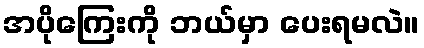
အပိုကြေးကို ဘယ်မှာ ပေးရမလဲ။